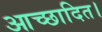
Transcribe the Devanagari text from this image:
आच्छादित।